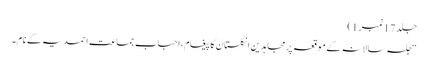
جلد 17نمبر 1)
‘‘جلسہ سالانہ کے موقعہ پرمجاہدین انگلستان کا پیغام،احباب جماعت احمدیہ کے نام۔